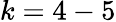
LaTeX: k=4-5